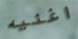
اغنيه